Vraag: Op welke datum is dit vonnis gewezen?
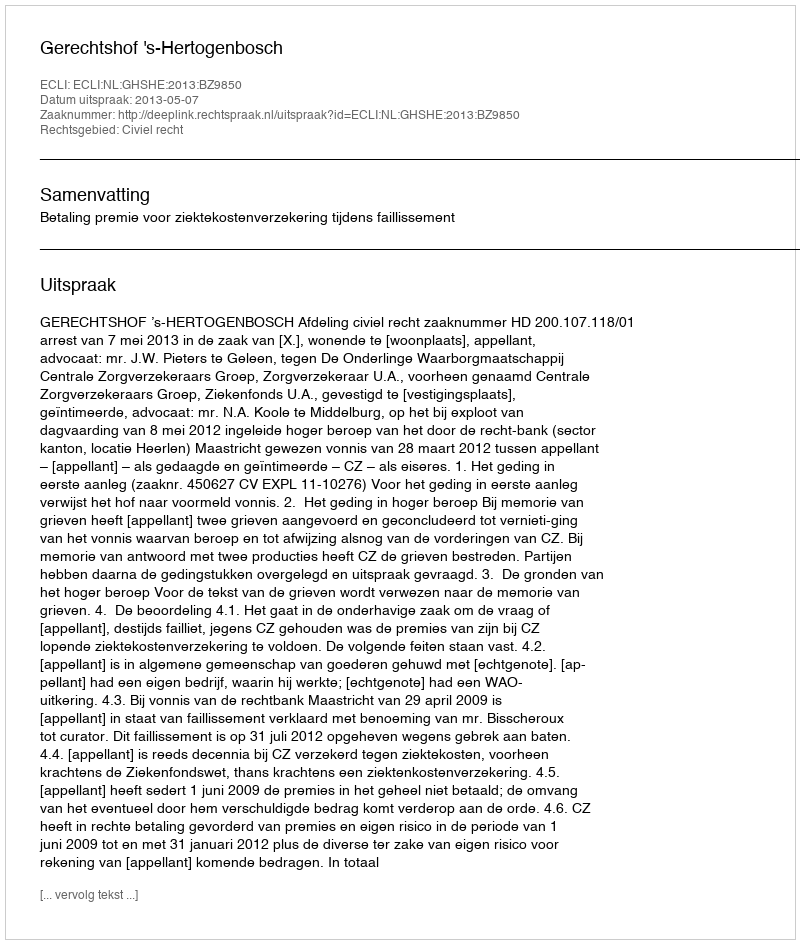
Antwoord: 2013-05-07